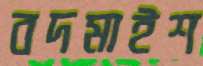
বদমাইশ